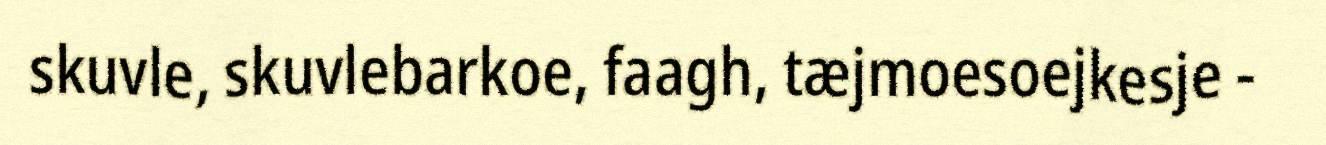
skuvle, skuvlebarkoe, faagh, tæjmoesoejkesje -